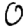
Digit: 0